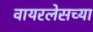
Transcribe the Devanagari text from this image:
वायरलेसच्या